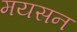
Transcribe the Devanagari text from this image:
मयसन